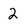
Character: 2